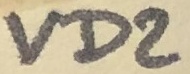
Text: VD2